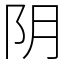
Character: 阴